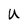
Character: U